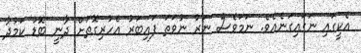
އެކީގައި ނަގައިގަނެއެވެ. ނަމަވެސް ނަރު ނުވަތަ ފައިބަރު އެހުރިގޮތަށް ދާނީ ބޮޑު ކަމުދާ